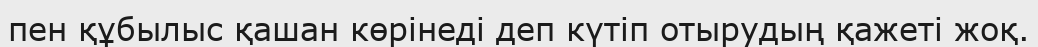
пен құбылыс қашан көрінеді деп күтіп отырудың қажеті жоқ.